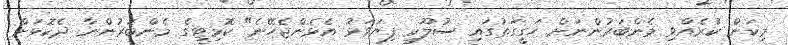
މިކަން ކުރެއްވި މެންބަރުންނަށް ހަގީގަތުގައި ސުލޫކީ ފިޔަވަޅު އެޅެންޖެހޭނެ" ކޮމިޓީގެ މެންބަރުންނާ ދެކޮޅަށް